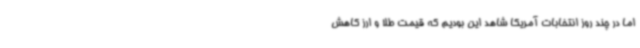
اما در چند روز انتخابات آمریکا شاهد این بودیم که قیمت طلا و ارز کاهش